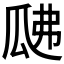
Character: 𤫰